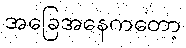
အခြေအနေကတော့